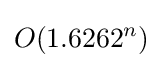
O(1.6262^{n})